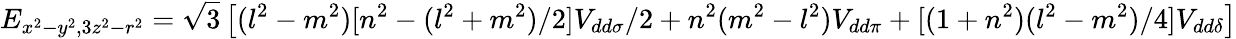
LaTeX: E_{x^{2}-y^{2},3z^{2}-r^{2}}={\sqrt{3}}\left[(l^{2}-m^{2})[n^{2}-(l^{2}+m^{2})/2]V_{dd\sigma}/2+n^{2}(m^{2}-l^{2})V_{dd\pi}+[(1+n^{2})(l^{2}-m^{2})/4]V_{dd\delta}\right]